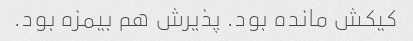
کیکش مانده بود. پذیرش هم بیمزه بود.